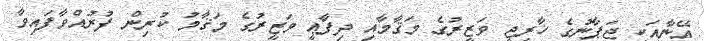
އޭނާއަކީ ޖަޕާނުގެ ޚާރިޖީ ވަޒީރުގެ މަޤާމާއި ދިފާޢީ ވަޒީރުގެ މަޤާމު ކުރިން ފުރުއްވާފައިވާ